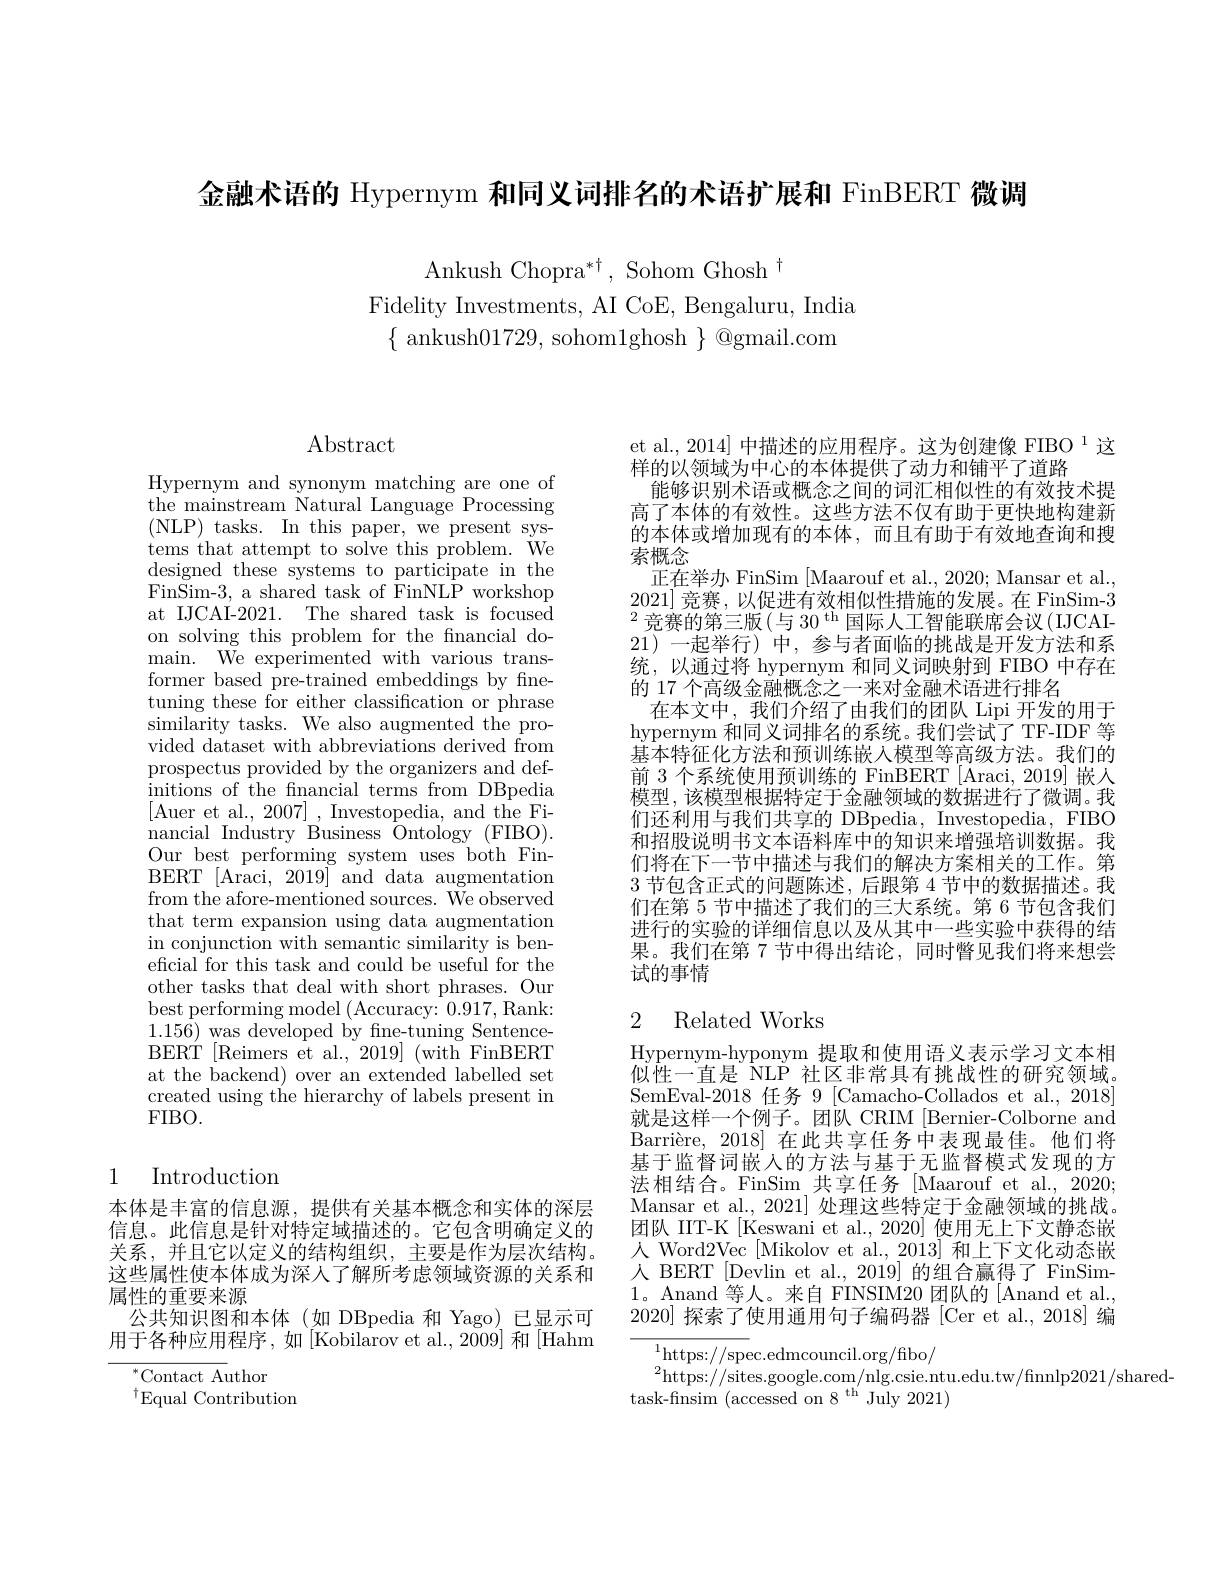
金融术语的 Hypernym 和同义词排名的术语扩展和 FinBERT 微调
$$\begin{array}{c}\text{Ankush Chopra}^{*\dagger},\text{Sohom Ghosh}^{\dagger}\\\text{Fidelity Investments, AI CoE, Bengaluru, India}\\\{\text{ ankush}01729,\text{ sohom}1\text{ghosh }\}\text{@gmail.com}\end{array}$$
Abstract

Hypernym and synonym matching are one of the mainstream Natural Language Processing ( NLP) tasks. In this paper, we present sys- tems that attempt to solve this problem. We designed these systems to participate in the FinSim-3, a shared task of FinNL$\overset{.}{\operatorname*{\operatorname*{P}}}$workshop at IJCAI-2021. The shared task is focused on solving this problem for the fnancial domain. We experimented with various transformer based pre-trained embeddings by finetuning these for either classification or phrase similarity tasks. We also augmented the provided dataset with abbreviations derived from prospectus provided by the organizers and definitions of the fnancial terms from DBpedia [Auer et al.$,2007]_$,Investopedia, and the Financial Industry Business Ontology (FIBO). Our best performing system uses both FinBERT [Araci, 2019] and data augmentation from the afore-mentioned sources. We observed that term expansion using data augmentation in conjunction with semantic similarity is beneficial for this task and could be useful for the other tasks that deal with short phrases. Our best performing model (Accuracy: 0.917, Rank: $1.15\bar{6})$ was developed by fine-tuning SentenceBERT [Reimers et al., 2019] (with FinBERT at the backend) over an extended labelled set created using the hierarchy of labels present in FIBO.

## 1 Introduction

本体是丰富的信息源，提供有关基本概念和实体的深层信息。此信息是针对特定域描述的。它包含明确定义的关系，并且它以定义的结构组织，主要是作为层次结构。这些属性使本体成为深人了解所考虑领域资源的关系和属性的重要来源
公共知识图和本体(如 DBpedia 和 Yago) 已显示可用于各种应用程序，如[Kobilarov et al., 2009]和[Hahm
${}^{*}$Contact Author

$^{\dagger}$Equal Contribution

et al., 2014] 中描述的应用程序。这为创建像 FIBO $^{1}$这
样的以领域为中心的本体提供了动力和铺平了道路
能够识别术语或概念之间的词汇相似性的有效技术提高了本体的有效性。这些方法不仅有助于更快地构建新的本体或增加现有的本体，而且有助于有效地查询和搜索概念
正在举办 FinSim [Maarouf et al., 2020; Mansar et al., 2021]竞赛，以促进有效相似性措施的发展。在 FinSim-3 $^2$竞赛的第三版(与 30$^\mathrm{th}$国际人工智能联席会议(IJCAI- 21)一起举行)中，参与者面临的挑战是开发方法和系统，以通过将 hypernym 和同义词映射到 FIBO 中存在的 17 个高级金融概念之一来对金融术语进行排名
在本文中，我们介绍了由我们的团队 Lipi 开发的用于hypernym 和同义词排名的系统。我们尝试了 TF-IDF 等基本特征化方法和预训练嵌入模型等高级方法。我们的前 3 个系统使用预训练的 FinBERT [Araci,2019] 嵌人模型，该模型根据特定于金融领域的数据进行了微调。我们还利用与我们共享的 DBpedia, Investopedia, FIBO 和招股说明书文本语料库中的知识来增强培训数据。我们将在下一节中描述与我们的解决方案相关的工作。第3节包含正式的问题陈述，后跟第 4 节中的数据描述。我们在第 5 节中描述了我们的三大系统。第 6 节包含我们进行的实验的详细信息以及从其中一些实验中获得的结果。我们在第 7 节中得出结论，同时瞥见我们将来想尝试的事情

## 2 Related Works

Hypernym-hyponym 提取和使用语义表示学习文本相似性一直是 NLP 社区非常具有挑战性的研究领域。SemEval-2018 任务 9 [Camacho-Collados et al., 2018] 就是这样一个例子。团队 CRIM [Bernier-Colborne and Barrière, 2018]在此共享任务中表现最佳。他们将基于监督词嵌人的方法与基于无监督模式发现的方法相结合。FinSim 共享任务 [Maarouf et al., 2020; Mansar et al., 2021] 处理这些特定于金融领域的挑战。团队 IIT-K [Keswani et al., 2020] 使用无上下文静态嵌人 Word2Vec [Mikolov et al., 2013] 和上下文化动态嵌人 BERT [Devlin et al., 2019] 的组合赢得了 FinSim- 1。Anand 等人。来自 FINSIM20团队的[Anand et al. 2020]探索了使用通用句子编码器[Cer et al.,2018]编

$^{1}$https://spec.edmcouncil.org/fibo/
$^2$https://sites.google.com/nlg.csie.ntu.edu.tw/finnlp2021/shared-
task-finsim (accessed on 8$^\mathrm{th^{\prime}}$July2021)